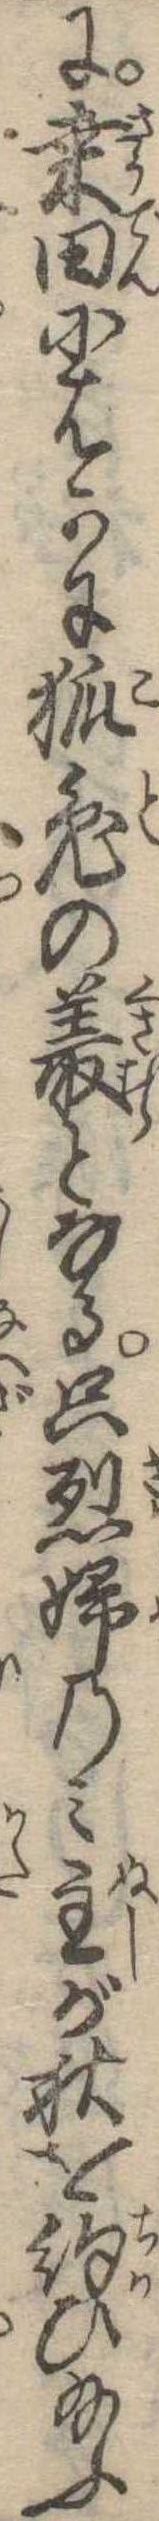
に桑田にはかに狐兎の叢となる只烈婦のみ主が秋を約ひ給ふ